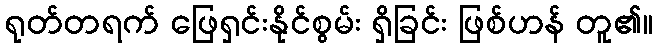
ရုတ်တရက် ဖြေရှင်းနိုင်စွမ်း ရှိခြင်း ဖြစ်ဟန် တူ၏။